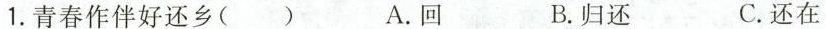
1.青春作伴好还乡( ) A.回 B.归还 C.还在